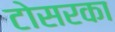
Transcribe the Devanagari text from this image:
टोसरका